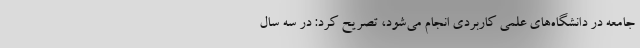
جامعه در دانشگاه‌های علمی کاربردی انجام می‌شود، تصریح کرد: در سه سال